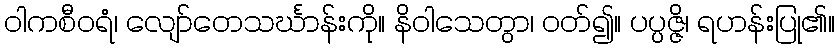
ဝါကစီဝရံ၊ လျော်တေသင်္ဃာန်းကို။ နိဝါသေတွာ၊ ဝတ်၍။ ပပ္ပဇ္ဇိ၊ ရဟန်းပြု၏။